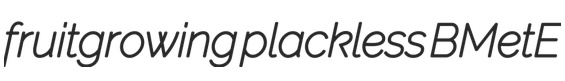
fruitgrowing plackless BMetE